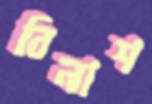
বিনাশ